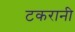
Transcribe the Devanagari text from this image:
टकरानी